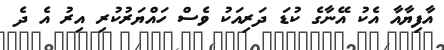
އާފިޔާއާ އެކު އޭނާގެ ކުޑަ ދަރިއަކު ވެސް ހައްޔަރުކުރި އިރު އެ ދެ